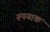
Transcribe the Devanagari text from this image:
रुपयाक